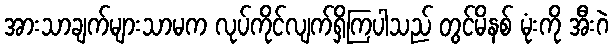
အားသာချက်များသာမက လုပ်ကိုင်လျက်ရှိကြပါသည် တွင်မိနစ် မုံးကို အီးဂဲ